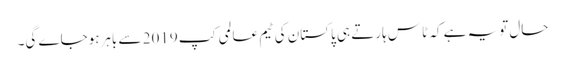
حال تویہ ہے کہ ٹاس ہارتے ہی پاکستان کی ٹیم عالمی کپ 2019 سے باہرہوجاے گی۔